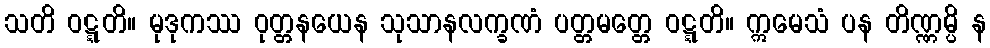
သတိ ဝဋ္ဋတိ။ မုဒုကဿ ဝုတ္တနယေန သုသာနလက္ခဏံ ပတ္တမတ္တေ ဝဋ္ဋတိ။ ဣမေသံ ပန တိဏ္ဏမ္ပိ န